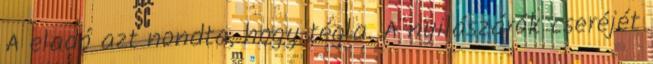
A eladó azt nondta, hogy tégla. A nyilászárók cseréjét